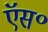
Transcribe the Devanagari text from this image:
ऍस॰